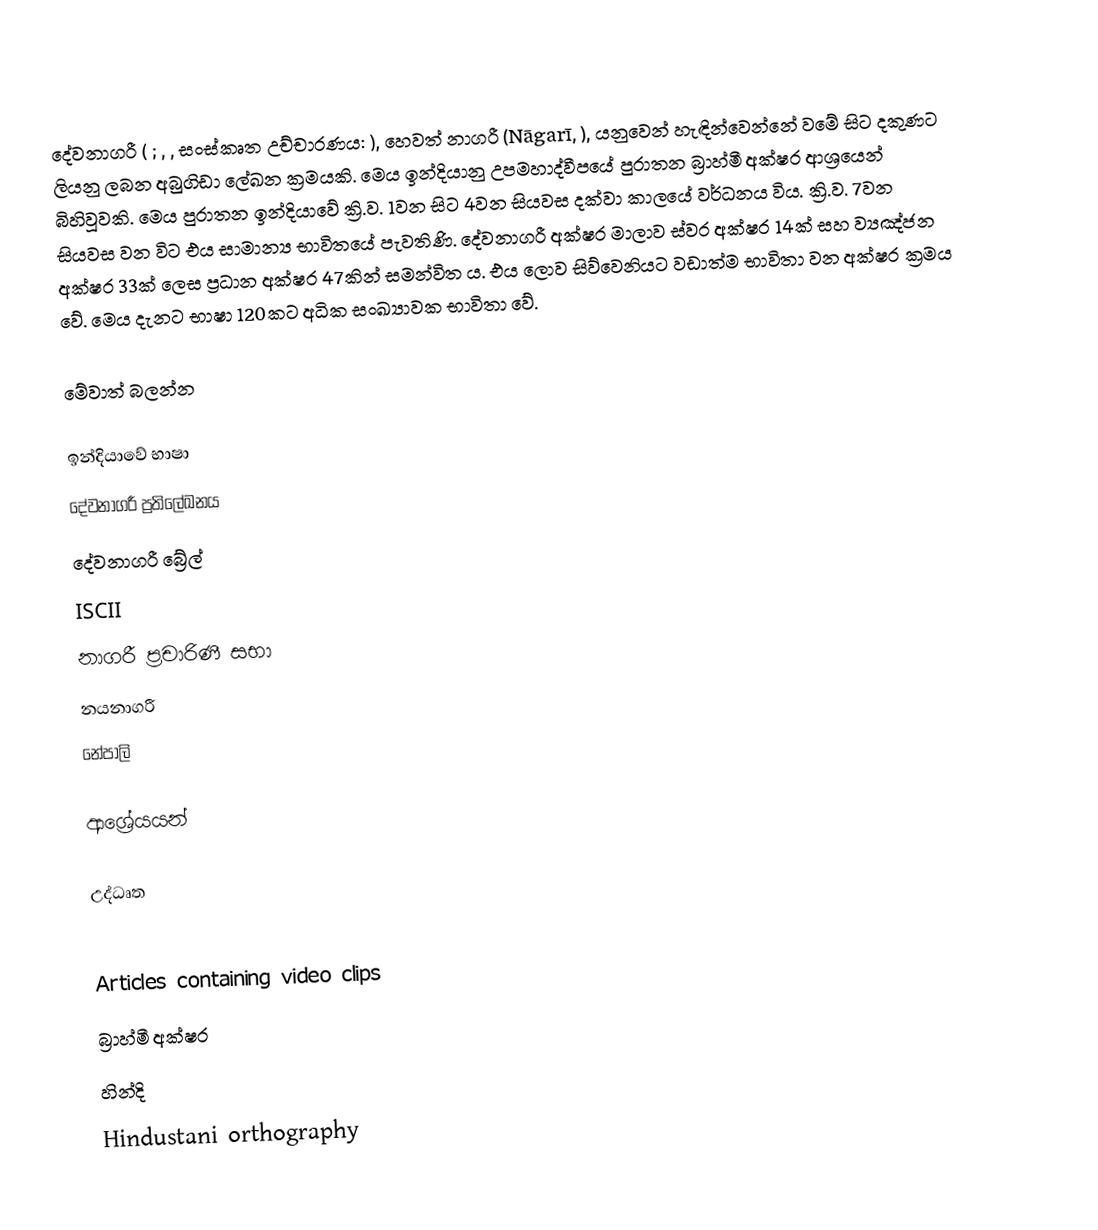
දේවනාගරී ( ; , , සංස්කෘත උච්චාරණය: ), හෙවත් නාගරී (Nāgarī, ), යනුවෙන් හැඳින්වෙන්නේ වමේ සිට දකුණට ලියනු ලබන අබුගිඩා ලේඛන ක්‍රමයකි. මෙය ඉන්දියානු උපමහාද්වීපයේ පුරාතන බ්‍රාහ්මී අක්ෂර ආශ්‍රයෙන් බිහිවූවකි. මෙය පුරාතන ඉන්දියාවේ ක්‍රි.ව. 1වන සිට 4වන සියවස දක්වා කාලයේ වර්ධනය විය. ක්‍රි.ව. 7වන සියවස වන විට එය සාමාන්‍ය භාවිතයේ පැවතිණි. දේවනාගරී අක්ෂර මාලාව ස්වර අක්ෂර 14ක් සහ ව්‍යඤ්ජන අක්ෂර 33ක් ලෙස ප්‍රධාන අක්ෂර 47කින් සමන්විත ‍ය. එය ලොව සිව්වෙනියට වඩාත්ම භාවිතා වන අක්ෂර ක්‍රමය වේ. මෙය දැනට භාෂා 120කට අධික සංඛ්‍යාවක භාවිතා වේ.

මේවාත් බලන්න

 ඉන්දියාවේ භාෂා
 දේවනාගරී ප්‍රතිලේඛනය
 දේවනාගරී බ්‍රේල්
 ISCII
 නාගරී ප්‍රචාරිණී සභා
 නයනාගරී
 නේපාලි

ආශ්‍රේයයන්

උද්ධෘත

Articles containing video clips
බ්‍රාහ්මී අක්ෂර
හින්දි
Hindustani orthography